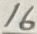
Text: 16